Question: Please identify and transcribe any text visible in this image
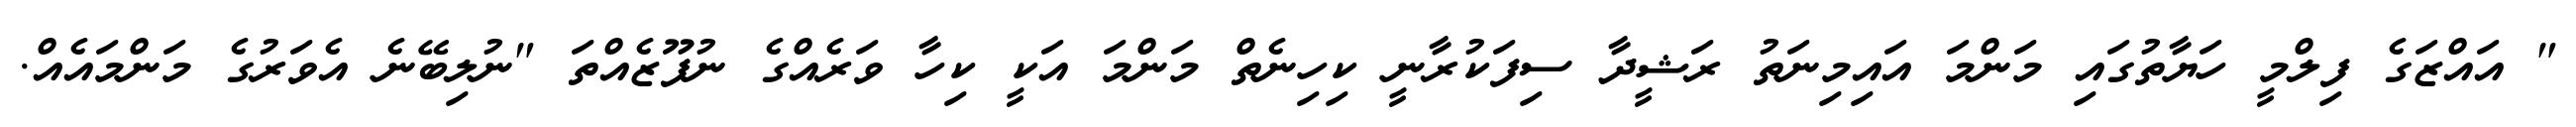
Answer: " އައްޒަގެ ފިލްމީ ހަޔާތުގައި މަންމަ އައިމިނަތު ރަޝީދާ ސިފަކުރާނީ ކިހިނެތް މަންމަ އަކީ ކިހާ ވަރެއްގެ ނުފޫޒެއްތަ "ނުލިބޭނެ އެވަރުގެ މަންމައެއް.